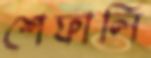
শেফালি